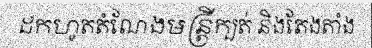
ដកហូតតំណែងមន្ត្រីក្បត់ និងតែងតាំង